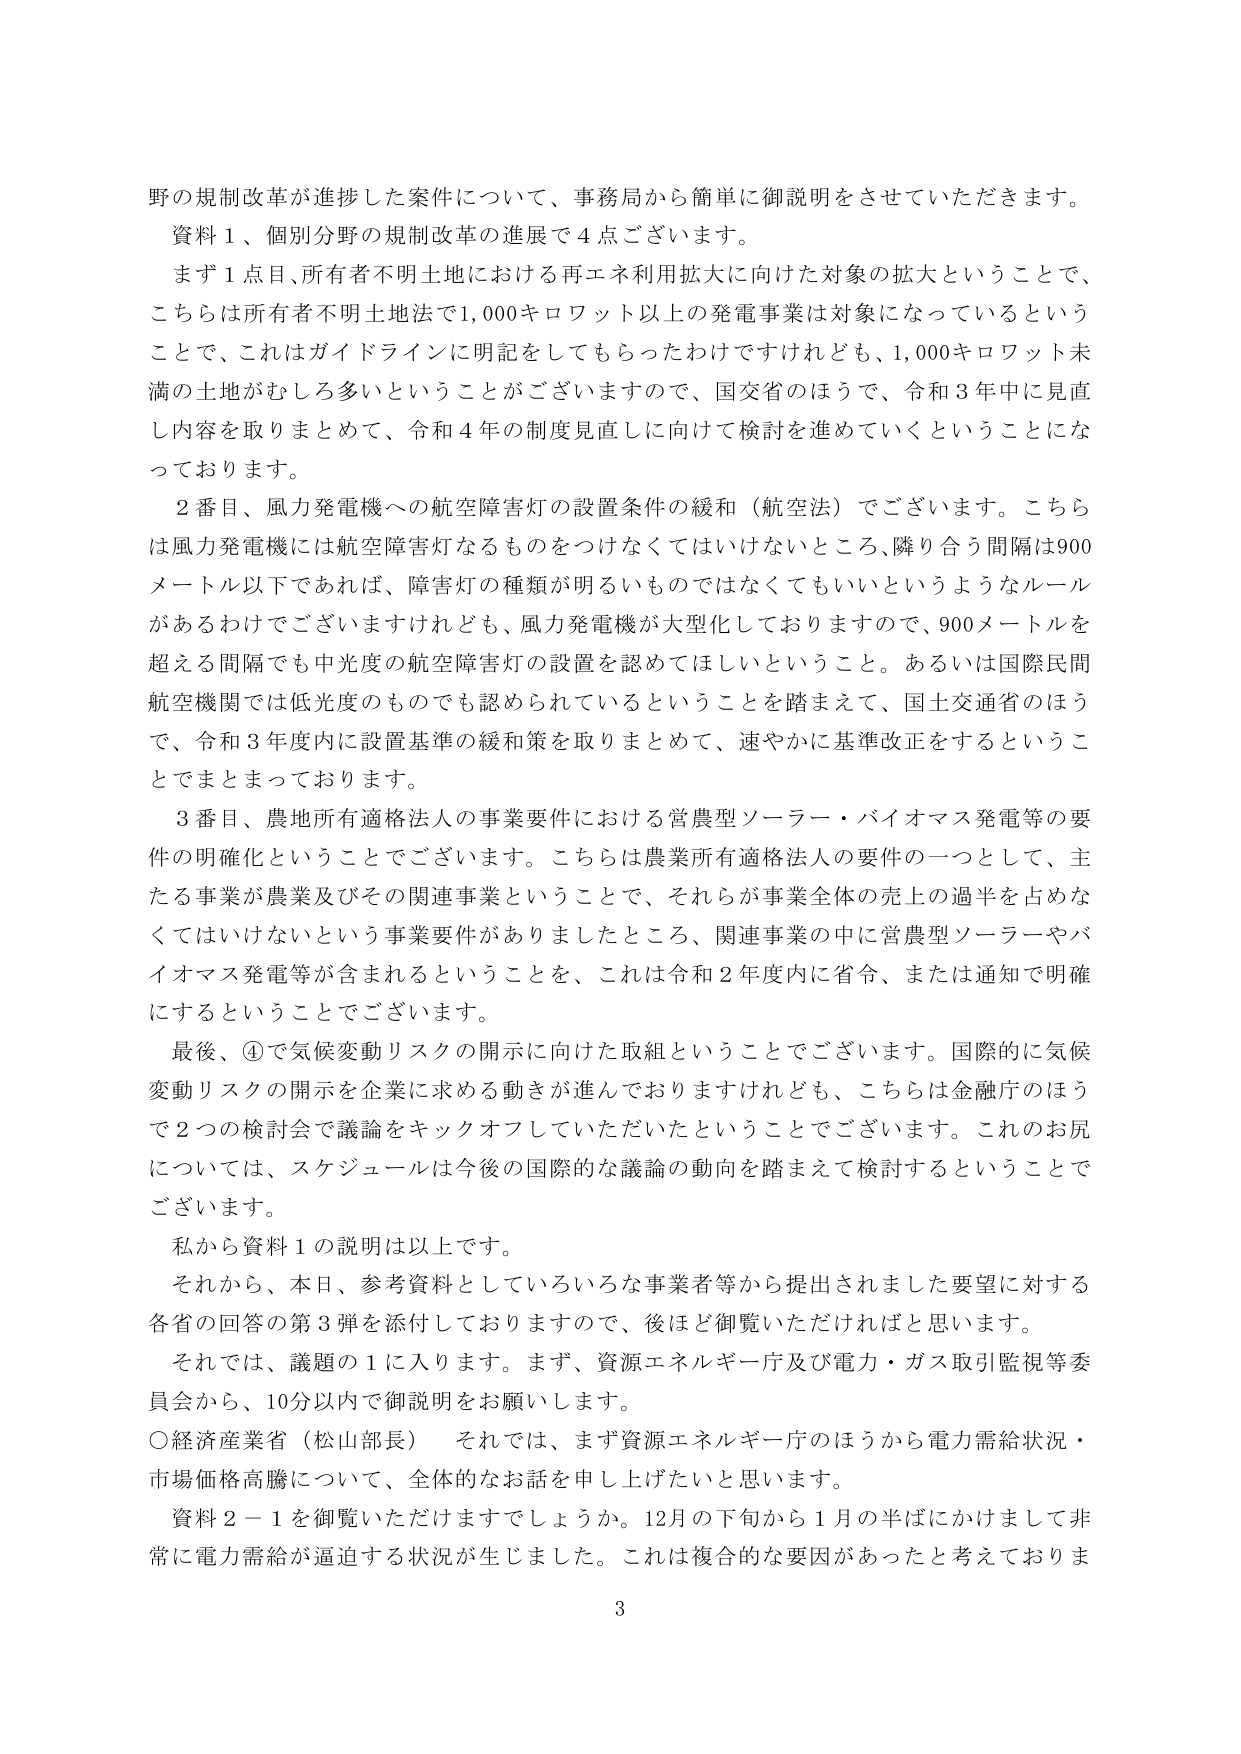
野の規制改革が進捗した案件について、事務局から簡単に御説明をさせていただきます。
資料１、個別分野の規制改革の進展で４点ございます。
まず１点目、所有者不明土地における再エネ利用拡大に向けた対象の拡大ということで、
こちらは所有者不明土地法で1,000キロワット以上の発電事業は対象になっているという
ことで、これはガイドラインに明記をしてもらったわけですがけれども、1,000キロワット未
満の土地がむしろ多いということがございますので、国交省のほうで、令和３年中に見直
し内容を取りまとめて、令和４年の制度見直しに向けて検討を進めていくということにな
っております。
２番目、風力発電機への航空障害灯の設置条件の緩和（航空法）でございます。こちら
は風力発電機には航空障害灯なるものをつけなくてはいけないところ、隣り合う間隔は900
メートル以下であれば、障害灯の種類が明るいものではなくてもいいというようなルール
があるわけでございますけれども、風力発電機が大型化しておりますので、900メートルを
超える間隔でも中光度の航空障害灯の設置を認めてほしいということ。あるいは国際民間
航空機関では低光度のものでも認められているということを踏まえて、国土交通省のほう
で、令和３年度内に設置基準の緩和策を取りまとめて、速やかに基準改正をするというこ
とでまとまっております。
３番目、農地所有適格法人の事業要件における営農型ソーラー・バイオマス発電等の要
件の明確化ということでございます。こちらは農業所有適格法人の要件の一つとして、主
たる事業が農業及びその関連事業ということで、それらが事業全体の売上の過半を占めな
くてはいけないという事業要件がありましたところ、関連事業の中に営農型ソーラーやバ
イオマス発電等が含まれるということを、これは令和２年度内に省令、または通知で明確
にするということでございます。
最後、④で気候変動リスクの開示に向けた取組ということでございます。国際的に気候
変動リスクの開示を企業に求める動きが進んでおりますけれども、こちらは金融庁のほう
で２つの検討会で議論をキックオフしていただいたということでございます。これのお尻
については、スケジュールは今後の国際的な議論の動向を踏まえて検討するということで
ございます。
私から資料１の説明は以上です。
それから、本日、参考資料としていろいろな事業者等から提出されました要望に対する
各省の回答の第３弾を添付しておりますので、後ほど御覧いただければと思います。
それでは、議題の１に入ります。まず、資源エネルギー庁及び電力・ガス取引監視等委
員会から、10分以内で御説明をお願いします。
○経済産業省（松山部長）　それでは、まず資源エネルギー庁のほうから電力需給状況・
市場価格高騰について、全体的なお話を申し上げたいと思います。
資料２－１を御覧いただけますでしょうか。12月の下旬から１月の半ばにかけまして非
常に電力需給が逼迫する状況が生じました。これは複合的な要因があったと考えておりま
3